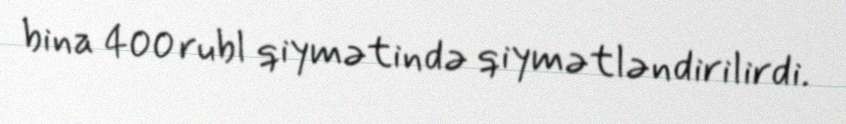
bina 400 rubl qiymətində qiymətləndirilirdi.